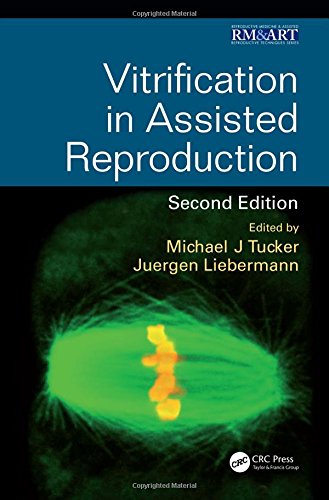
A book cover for Reproduction Bundle: Vitrification in Assisted Reproduction, Second Edition (Reproductive Medicine and Assisted Reproductive Techniques Series) (Volume 3); Parenting & Relationships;